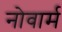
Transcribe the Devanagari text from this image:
नोवार्म